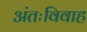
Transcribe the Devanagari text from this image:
अंतःविवाह